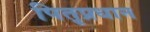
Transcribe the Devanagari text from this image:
पितृप्रधान